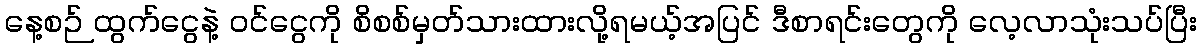
နေ့စဉ် ထွက်ငွေနဲ့ ဝင်ငွေကို စိစစ်မှတ်သားထားလို့ရမယ့်အပြင် ဒီစာရင်းတွေကို လေ့လာသုံးသပ်ပြီး